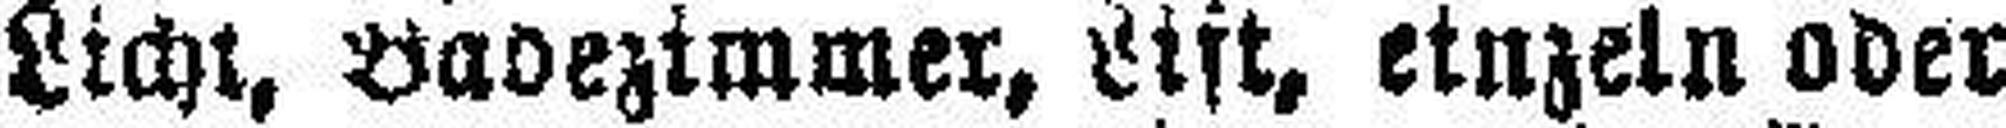
Licht, Badezimmer, Lift, einzeln oder